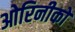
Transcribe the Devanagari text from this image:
ओरिनीको